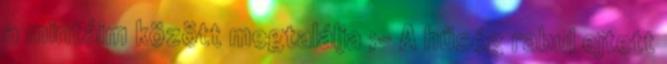
a mintáim között megtalálja ;- A hűség rabul ejtett